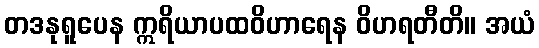
တဒနုရူပေန ဣရိယာပထဝိဟာရေန ဝိဟရတီတိ။ အယံ